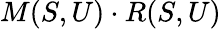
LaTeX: M(S,U)\cdot R(S,U)